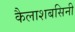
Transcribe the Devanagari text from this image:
कैलाशबसिनी